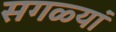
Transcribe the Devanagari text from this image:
सगळ्यां